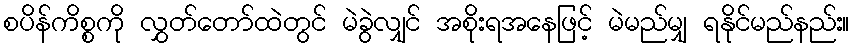
စပိန်ကိစ္စကို လွှတ်တော်ထဲတွင် မဲခွဲလျှင် အစိုးရအနေဖြင့် မဲမည်မျှ ရနိုင်မည်နည်း။